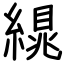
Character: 繉